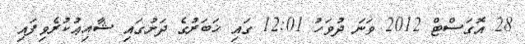
28 އޮގަސްޓް 2012 ވަނަ ދުވަހު 12:01 ގައި ޚަބަރުގެ ދަށުގައި ޝާއިޢުކުރެވިފައި.